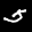
Label: 5